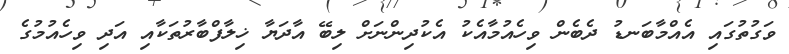
ވަގުތުގައި އެއްމާބަނޑު ދެބެން ވިހެއުމާއެކު އެކުދިންނަށް ލިބޭ އާދަޔާ ޚިލާފްބާރުތަކާއި އަދި ވިހެއުމުގެ